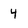
Character: 4